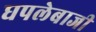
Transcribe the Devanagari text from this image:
घपलेबाजी